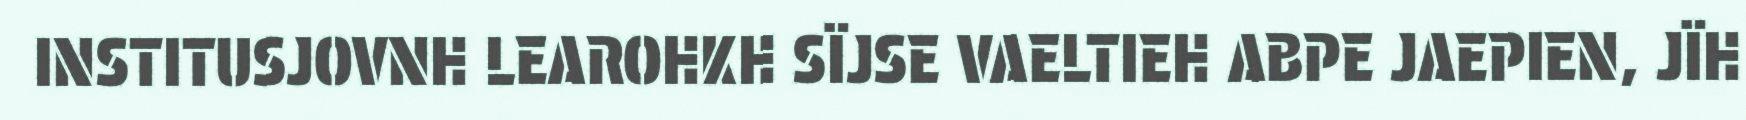
INSTITUSJOVNH LEAROHKH SÏJSE VAELTIEH ABPE JAEPIEN, JÏH